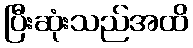
ပြီးဆုံးသည်အထိ